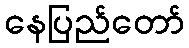
နေပြည်တော်